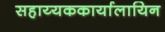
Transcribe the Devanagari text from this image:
सहाय्यककार्यालायिन